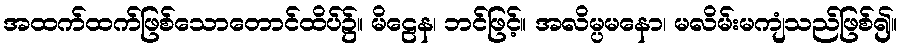
အထက်ထက်ဖြစ်သောတောင်ထိပ်၌။ မိဠေန၊ ဘင်ဖြင့်။ အလိမ္ပမနော၊ မလိမ်းမကျံသည်ဖြစ်၍။